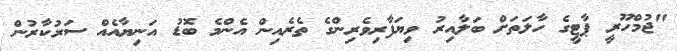
"ޖުމްހޫރީ ޕާޓީގެ ހާލަތަށް ބަލާއިރު ވިޔަފާރިވެރިންގެ ތެރެއިން އެންމެ ބޮޑު އަނިޔާއެއް ސަރުކާރުން